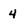
Character: 4